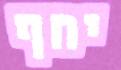
יחף